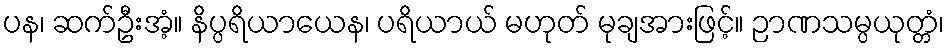
ပန၊ ဆက်ဦးအံ့။ နိပ္ပရိယာယေန၊ ပရိယာယ် မဟုတ် မုချအားဖြင့်။ ဉာဏသမ္ပယုတ္တံ၊